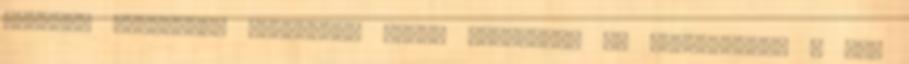
gyengéd érintése. Próbáltam hamar elaludni, de gondolataim a Tom